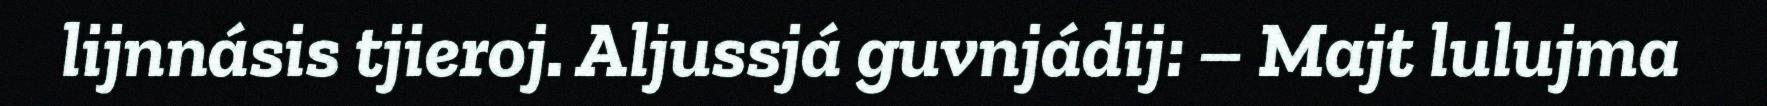
lijnnásis tjieroj. Aljussjá guvnjádij: – Majt lulujma